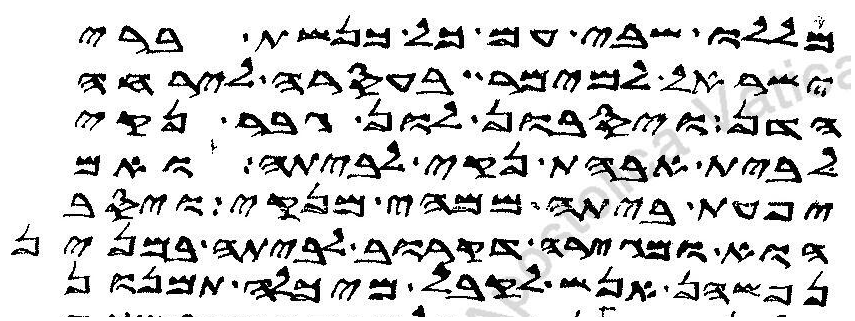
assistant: מללו שבי עם כל כנשת ברי
ישראל למימר בעסרה לירחה
הדן ויסבון לון גבר נקי
לבית אבהת נקי לביתה ואם
יפעת ביתה ממהי מנקי ויסב
הוא ומגירה דקרוב לביתה במנין
נפשהן אנש לקבל מיכלה תמנון